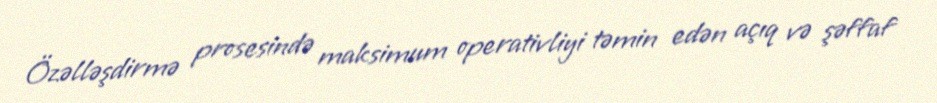
Özəlləşdirmə prosesində maksimum operativliyi təmin edən açıq və şəffaf